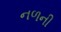
નળની